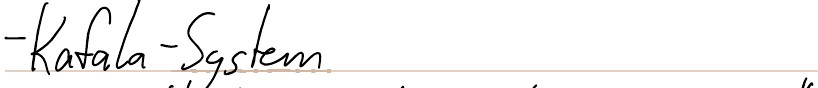
- Kafala - System